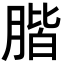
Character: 𦝨